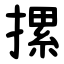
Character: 摞